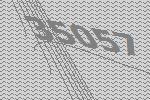
35057